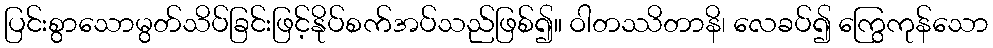
ပြင်းစွာသောမွတ်သိပ်ခြင်းဖြင့်နိုပ်စက်အပ်သည်ဖြစ်၍။ ဝါတဿိတာနိ၊ လေခပ်၍ ကြွေကုန်သော